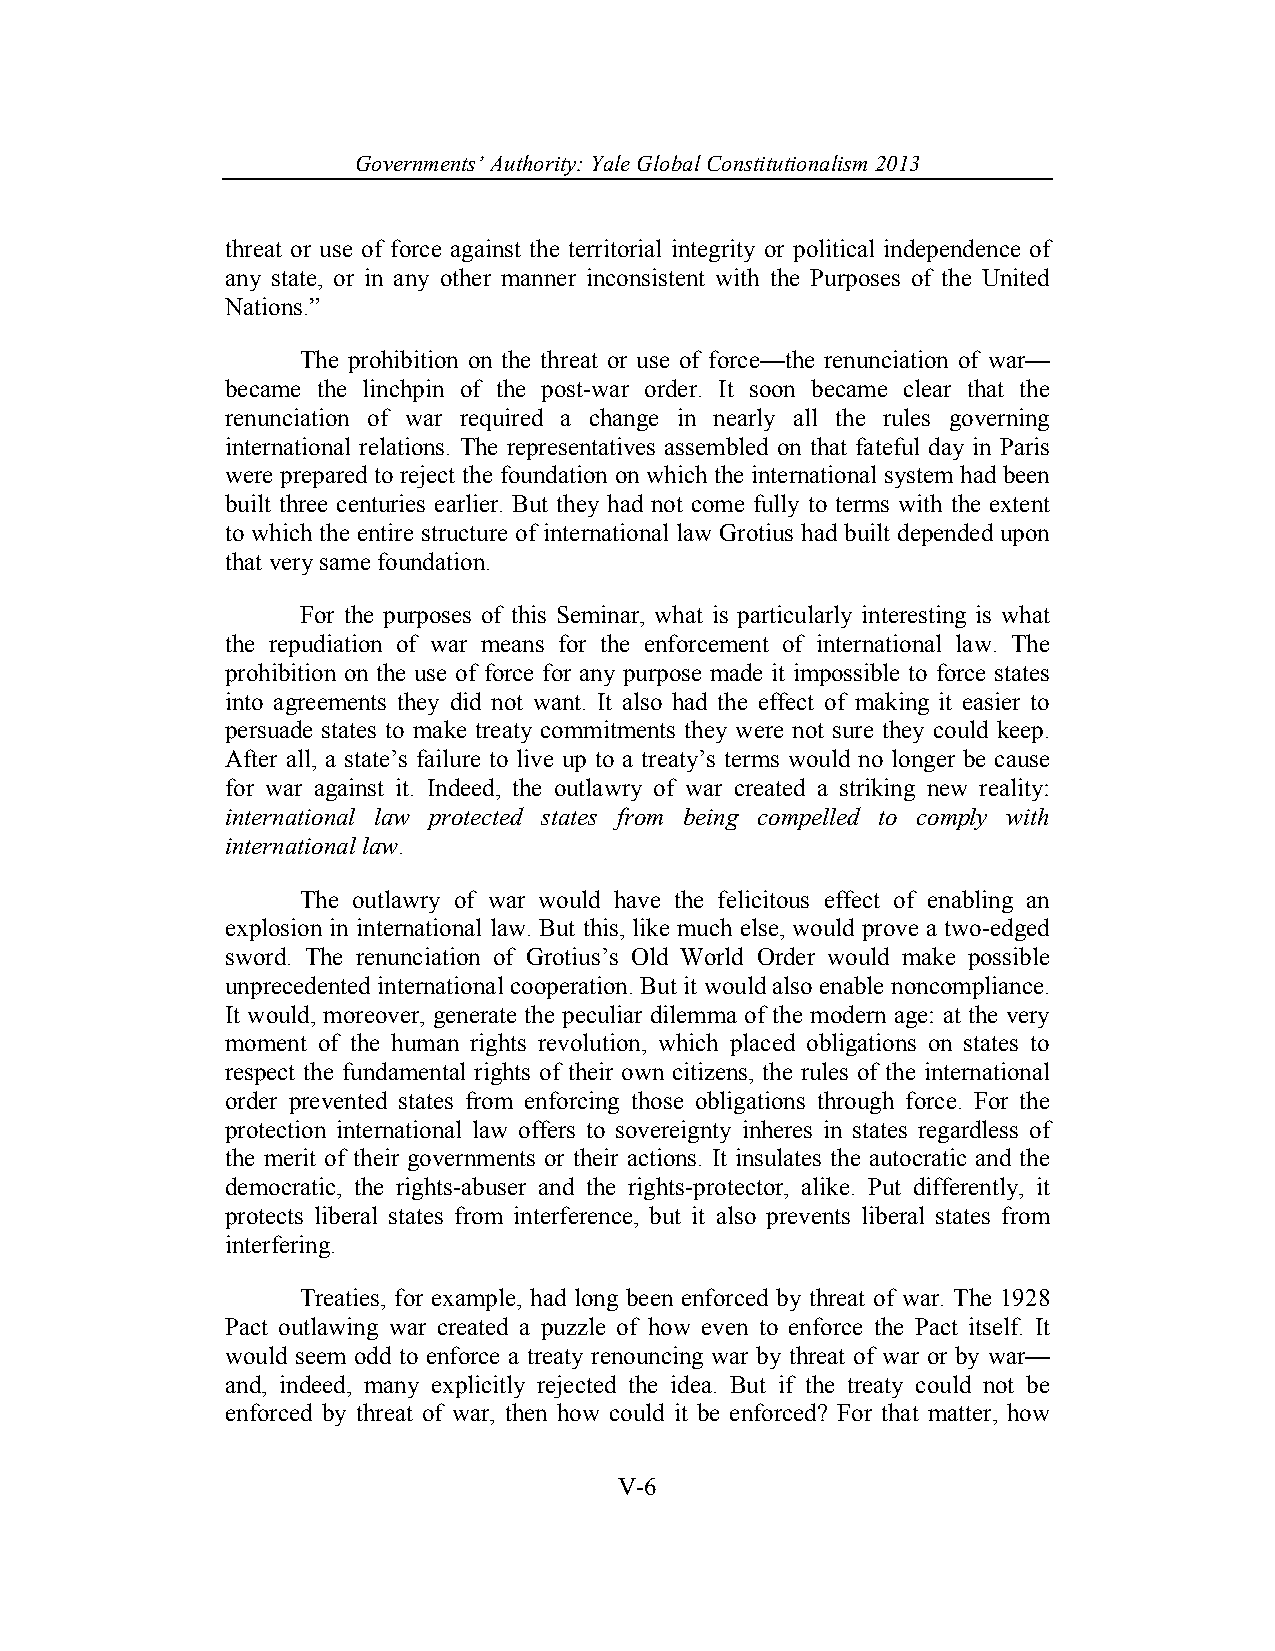
Governments’ Authority: Yale Global Constitutionalism 2013
 threat or use of force against the territorial integrity or political independence of
 any state, or in any other manner inconsistent with the Purposes of the United
 Nations.”
 The prohibition on the threat or use of force—the renunciation of war—
 became the linchpin of the post-war order. It soon became clear that the
 renunciation of war required a change in nearly all the rules governing
 international relations. The representatives assembled on that fateful day in Paris
 were prepared to reject the foundation on which the international system had been
 built three centuries earlier. But they had not come fully to terms with the extent
 to which the entire structure of international law Grotius had built depended upon
 that very same foundation.
 For the purposes of this Seminar, what is particularly interesting is what
 the repudiation of war means for the enforcement of international law. The
 prohibition on the use of force for any purpose made it impossible to force states
 into agreements they did not want. It also had the effect of making it easier to
 persuade states to make treaty commitments they were not sure they could keep.
 After all, a state’s failure to live up to a treaty’s terms would no longer be cause
 for war against it. Indeed, the outlawry of war created a striking new reality:
 international law protected states from being compelled to comply with
 international law.
 The outlawry of war would have the felicitous effect of enabling an
 explosion in international law. But this, like much else, would prove a two-edged
 sword. The renunciation of Grotius’s Old World Order would make possible
 unprecedented international cooperation. But it would also enable noncompliance.
 It would, moreover, generate the peculiar dilemma of the modern age: at the very
 moment of the human rights revolution, which placed obligations on states to
 respect the fundamental rights of their own citizens, the rules of the international
 order prevented states from enforcing those obligations through force. For the
 protection international law offers to sovereignty inheres in states regardless of
 the merit of their governments or their actions. It insulates the autocratic and the
 democratic, the rights-abuser and the rights-protector, alike. Put differently, it
 protects liberal states from interference, but it also prevents liberal states from
 interfering.
 Treaties, for example, had long been enforced by threat of war. The 1928
 Pact outlawing war created a puzzle of how even to enforce the Pact itself. It
 would seem odd to enforce a treaty renouncing war by threat of war or by war—
 and, indeed, many explicitly rejected the idea. But if the treaty could not be
 enforced by threat of war, then how could it be enforced? For that matter, how
 V-6